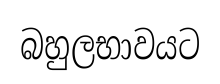
බහුලභාවයට